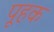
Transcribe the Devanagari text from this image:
पूहक